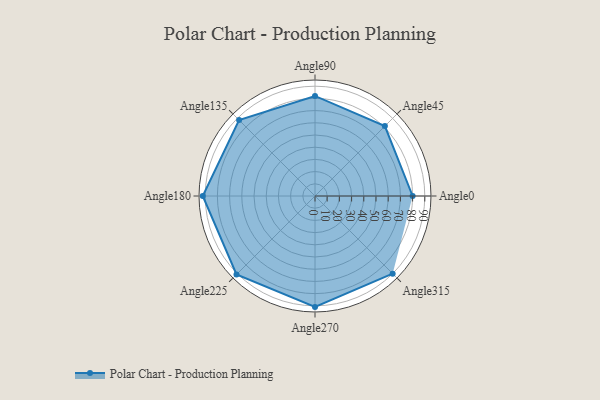
{"axis": {"x": "Angle", "y": "Radius"}, "legend": [""], "data": [{"x": "Angle0", "y": 80.0, "type": ""}, {"x": "Angle45", "y": 81.0, "type": ""}, {"x": "Angle90", "y": 82.0, "type": ""}, {"x": "Angle135", "y": 88.0, "type": ""}, {"x": "Angle180", "y": 92.0, "type": ""}, {"x": "Angle225", "y": 91.0, "type": ""}, {"x": "Angle270", "y": 91.0, "type": ""}, {"x": "Angle315", "y": 90.0, "type": ""}]}